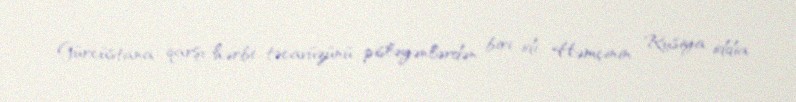
Gürcüstana qarşı hərbi təcavüzünü pisləyənlərdən biri idi. Həmçinin Rusiya iddia